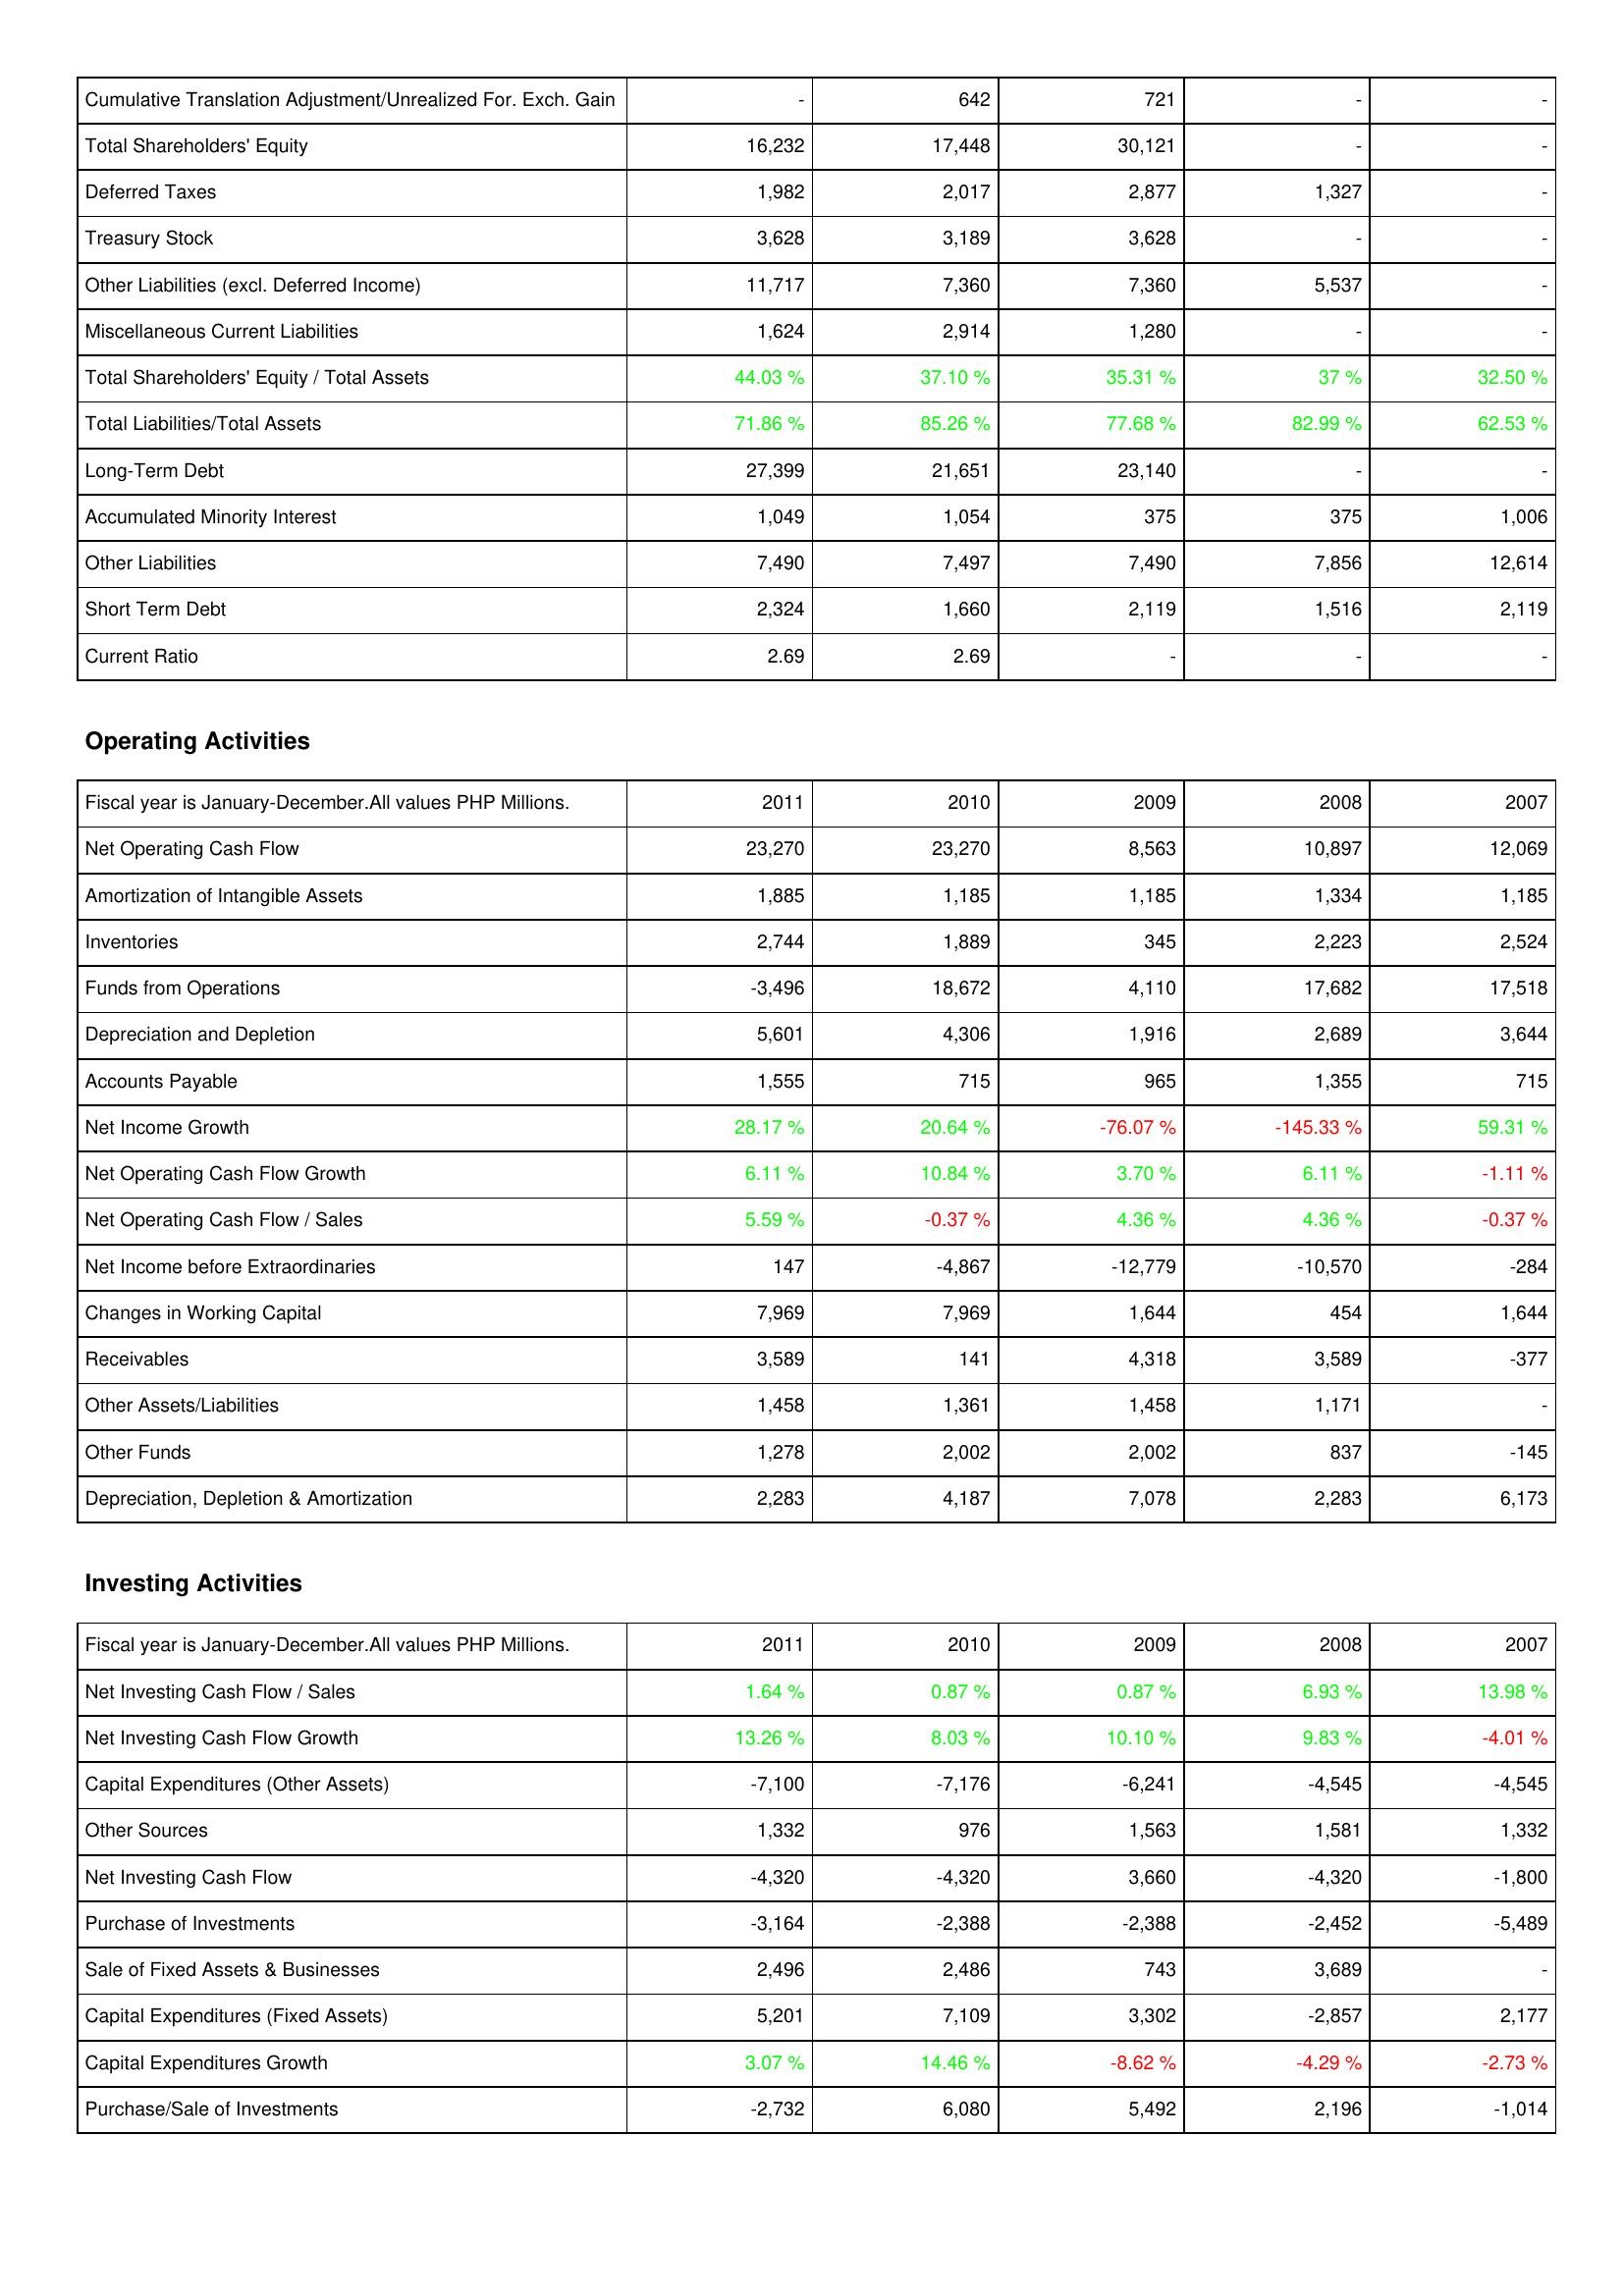
2011: Liabilities & Shareholders' Equity: Cumulative Translation Adjustment/Unrealized For. Exch. Gain: -
Total Shareholders' Equity: 16,232
Deferred Taxes: 1,982
Treasury Stock: 3,628
Other Liabilities (excl. Deferred Income): 11,717
Miscellaneous Current Liabilities: 1,624
Total Shareholders' Equity / Total Assets: 44.03 %
Total Liabilities/Total Assets: 71.86 %
Long-Term Debt: 27,399
Accumulated Minority Interest: 1,049
Other Liabilities: 7,490
Short Term Debt: 2,324
Current Ratio: 2.69
Operating Activities: Net Operating Cash Flow: 23,270
Amortization of Intangible Assets: 1,885
Inventories: 2,744
Funds from Operations: -3,496
Depreciation and Depletion: 5,601
Accounts Payable: 1,555
Net Income Growth: 28.17 %
Net Operating Cash Flow Growth: 6.11 %
Net Operating Cash Flow / Sales: 5.59 %
Net Income before Extraordinaries: 147
Changes in Working Capital: 7,969
Receivables: 3,589
Other Assets/Liabilities: 1,458
Other Funds: 1,278
Depreciation, Depletion & Amortization: 2,283
Investing Activities: Net Investing Cash Flow / Sales: 1.64 %
Net Investing Cash Flow Growth: 13.26 %
Capital Expenditures (Other Assets): -7,100
Other Sources: 1,332
Net Investing Cash Flow: -4,320
Purchase of Investments: -3,164
Sale of Fixed Assets & Businesses: 2,496
Capital Expenditures (Fixed Assets): 5,201
Capital Expenditures Growth: 3.07 %
Purchase/Sale of Investments: -2,732
2010: Liabilities & Shareholders' Equity: Cumulative Translation Adjustment/Unrealized For. Exch. Gain: 642
Total Shareholders' Equity: 17,448
Deferred Taxes: 2,017
Treasury Stock: 3,189
Other Liabilities (excl. Deferred Income): 7,360
Miscellaneous Current Liabilities: 2,914
Total Shareholders' Equity / Total Assets: 37.10 %
Total Liabilities/Total Assets: 85.26 %
Long-Term Debt: 21,651
Accumulated Minority Interest: 1,054
Other Liabilities: 7,497
Short Term Debt: 1,660
Current Ratio: 2.69
Operating Activities: Net Operating Cash Flow: 23,270
Amortization of Intangible Assets: 1,185
Inventories: 1,889
Funds from Operations: 18,672
Depreciation and Depletion: 4,306
Accounts Payable: 715
Net Income Growth: 20.64 %
Net Operating Cash Flow Growth: 10.84 %
Net Operating Cash Flow / Sales: -0.37 %
Net Income before Extraordinaries: -4,867
Changes in Working Capital: 7,969
Receivables: 141
Other Assets/Liabilities: 1,361
Other Funds: 2,002
Depreciation, Depletion & Amortization: 4,187
Investing Activities: Net Investing Cash Flow / Sales: 0.87 %
Net Investing Cash Flow Growth: 8.03 %
Capital Expenditures (Other Assets): -7,176
Other Sources: 976
Net Investing Cash Flow: -4,320
Purchase of Investments: -2,388
Sale of Fixed Assets & Businesses: 2,486
Capital Expenditures (Fixed Assets): 7,109
Capital Expenditures Growth: 14.46 %
Purchase/Sale of Investments: 6,080
2009: Liabilities & Shareholders' Equity: Cumulative Translation Adjustment/Unrealized For. Exch. Gain: 721
Total Shareholders' Equity: 30,121
Deferred Taxes: 2,877
Treasury Stock: 3,628
Other Liabilities (excl. Deferred Income): 7,360
Miscellaneous Current Liabilities: 1,280
Total Shareholders' Equity / Total Assets: 35.31 %
Total Liabilities/Total Assets: 77.68 %
Long-Term Debt: 23,140
Accumulated Minority Interest: 375
Other Liabilities: 7,490
Short Term Debt: 2,119
Current Ratio: -
Operating Activities: Net Operating Cash Flow: 8,563
Amortization of Intangible Assets: 1,185
Inventories: 345
Funds from Operations: 4,110
Depreciation and Depletion: 1,916
Accounts Payable: 965
Net Income Growth: -76.07 %
Net Operating Cash Flow Growth: 3.70 %
Net Operating Cash Flow / Sales: 4.36 %
Net Income before Extraordinaries: -12,779
Changes in Working Capital: 1,644
Receivables: 4,318
Other Assets/Liabilities: 1,458
Other Funds: 2,002
Depreciation, Depletion & Amortization: 7,078
Investing Activities: Net Investing Cash Flow / Sales: 0.87 %
Net Investing Cash Flow Growth: 10.10 %
Capital Expenditures (Other Assets): -6,241
Other Sources: 1,563
Net Investing Cash Flow: 3,660
Purchase of Investments: -2,388
Sale of Fixed Assets & Businesses: 743
Capital Expenditures (Fixed Assets): 3,302
Capital Expenditures Growth: -8.62 %
Purchase/Sale of Investments: 5,492
2008: Liabilities & Shareholders' Equity: Cumulative Translation Adjustment/Unrealized For. Exch. Gain: -
Total Shareholders' Equity: -
Deferred Taxes: 1,327
Treasury Stock: -
Other Liabilities (excl. Deferred Income): 5,537
Miscellaneous Current Liabilities: -
Total Shareholders' Equity / Total Assets: 37 %
Total Liabilities/Total Assets: 82.99 %
Long-Term Debt: -
Accumulated Minority Interest: 375
Other Liabilities: 7,856
Short Term Debt: 1,516
Current Ratio: -
Operating Activities: Net Operating Cash Flow: 10,897
Amortization of Intangible Assets: 1,334
Inventories: 2,223
Funds from Operations: 17,682
Depreciation and Depletion: 2,689
Accounts Payable: 1,355
Net Income Growth: -145.33 %
Net Operating Cash Flow Growth: 6.11 %
Net Operating Cash Flow / Sales: 4.36 %
Net Income before Extraordinaries: -10,570
Changes in Working Capital: 454
Receivables: 3,589
Other Assets/Liabilities: 1,171
Other Funds: 837
Depreciation, Depletion & Amortization: 2,283
Investing Activities: Net Investing Cash Flow / Sales: 6.93 %
Net Investing Cash Flow Growth: 9.83 %
Capital Expenditures (Other Assets): -4,545
Other Sources: 1,581
Net Investing Cash Flow: -4,320
Purchase of Investments: -2,452
Sale of Fixed Assets & Businesses: 3,689
Capital Expenditures (Fixed Assets): -2,857
Capital Expenditures Growth: -4.29 %
Purchase/Sale of Investments: 2,196
2007: Liabilities & Shareholders' Equity: Cumulative Translation Adjustment/Unrealized For. Exch. Gain: -
Total Shareholders' Equity: -
Deferred Taxes: -
Treasury Stock: -
Other Liabilities (excl. Deferred Income): -
Miscellaneous Current Liabilities: -
Total Shareholders' Equity / Total Assets: 32.50 %
Total Liabilities/Total Assets: 62.53 %
Long-Term Debt: -
Accumulated Minority Interest: 1,006
Other Liabilities: 12,614
Short Term Debt: 2,119
Current Ratio: -
Operating Activities: Net Operating Cash Flow: 12,069
Amortization of Intangible Assets: 1,185
Inventories: 2,524
Funds from Operations: 17,518
Depreciation and Depletion: 3,644
Accounts Payable: 715
Net Income Growth: 59.31 %
Net Operating Cash Flow Growth: -1.11 %
Net Operating Cash Flow / Sales: -0.37 %
Net Income before Extraordinaries: -284
Changes in Working Capital: 1,644
Receivables: -377
Other Assets/Liabilities: -
Other Funds: -145
Depreciation, Depletion & Amortization: 6,173
Investing Activities: Net Investing Cash Flow / Sales: 13.98 %
Net Investing Cash Flow Growth: -4.01 %
Capital Expenditures (Other Assets): -4,545
Other Sources: 1,332
Net Investing Cash Flow: -1,800
Purchase of Investments: -5,489
Sale of Fixed Assets & Businesses: -
Capital Expenditures (Fixed Assets): 2,177
Capital Expenditures Growth: -2.73 %
Purchase/Sale of Investments: -1,014